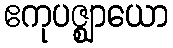
ဧကုပဇ္ဈာယော